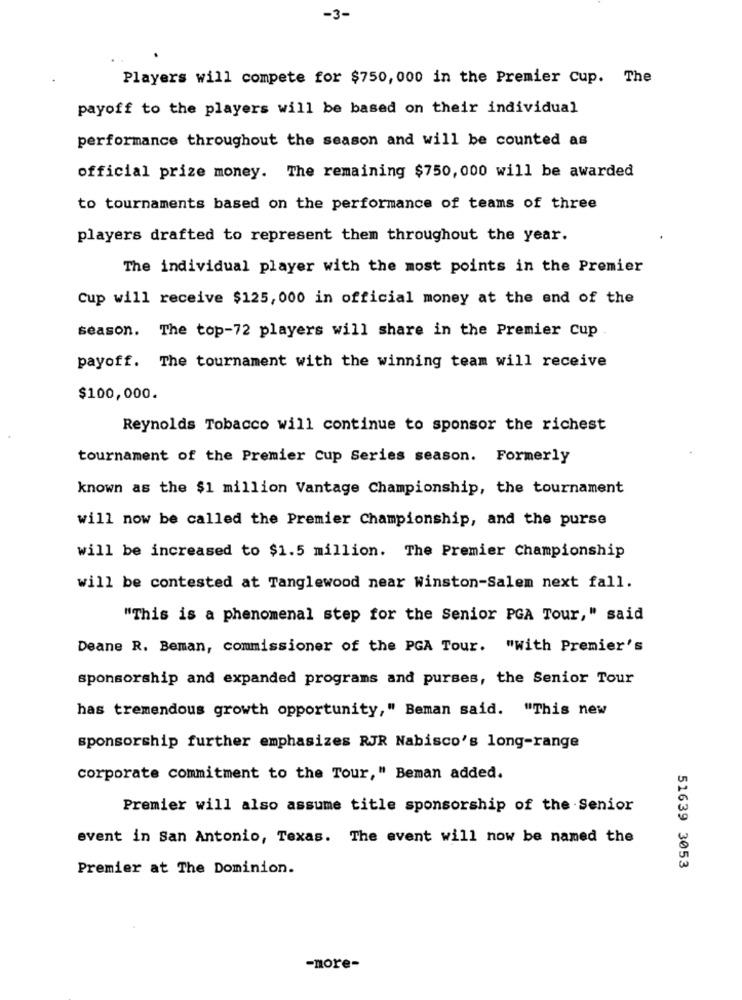
-3-
Players will compete for $750, 000 in the Premier Cup. The
payoff to the players will be based on their individual
performance throughout the season and will be counted as
official prize money. The remaining $750, 000 will be awarded
to tournaments based on the performance of teams of three
players drafted to represent them throughout the year.
The individual player with the most points in the Premier
Cup will receive $125, 000 in official money at the end of the
season. The top-72 players will share in the Premier Cup
payoff. The tournament with the winning team will receive
$100,000.
Reynolds Tobacco will continue to sponsor the richest
tournament of the Premier Cup Series season. Formerly
known as the $1 million Vantage Championship, the tournament
will now be called the Premier Championship, and the purse
will be increased to $1.5 million. The Premier Championship
will be contested at Tanglewood near Winston-Salem next fall.
"This is a phenomenal step for the Senior PGA Tour," said
Deane R. Beman, commissioner of the PGA Tour. "With Premier's
sponsorship and expanded programs and purses, the Senior Tour
has tremendous growth opportunity," Beman said. "This new
sponsorship further emphasizes RJR Nabisco's long-range
corporate commitment to the Tour," Beman added.
Premier will also assume title sponsorship of the Senior
event in San Antonio, Texas. The event will now be named the
Premier at The Dominion.
51639 3053
-more-